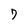
Character: 7